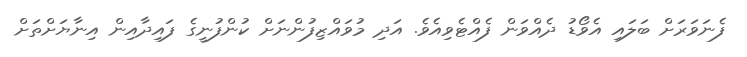
ފެނަވަރަށް ބަލައި އެވޯޑު ދެއްވަން ފެއްޓެވިއެވެ. އަދި މުވައްޒިފުންނަށް ކުންފުނީގެ ފައިދާއިން އިނާޔަށްތަށް